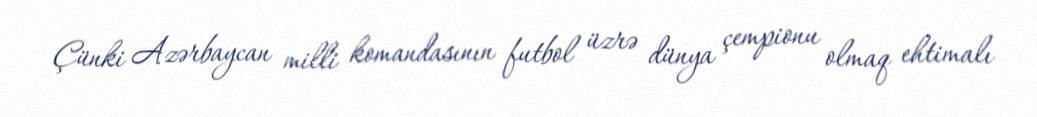
Çünki Azərbaycan milli komandasının futbol üzrə dünya çempionu olmaq ehtimalı